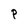
Character: P